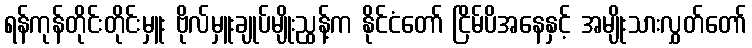
ရန်ကုန်တိုင်းတိုင်းမှူး ဗိုလ်မှူးချုပ်မျိုးညွန့်က နိုင်ငံတော် ငြိမ်ပိအနေနှင့် အမျိုးသားလွှတ်တော်